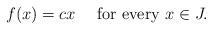
LaTeX: \begin{align*}f(x)=cx\quad\mbox{ for every }x\in J.\end{align*}